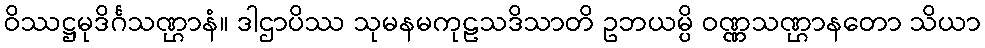
ဝိဿဋ္ဌမုဒိင်္ဂသဏ္ဌာနံ။ ဒါဌာပိဿ သုမနမကုဠသဒိသာတိ ဥဘယမ္ပိ ဝဏ္ဏသဏ္ဌာနတော သိယာ